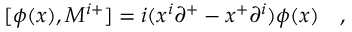
[ \phi ( x ) , M ^ { i + } ] = i ( x ^ { i } { \partial } ^ { + } - x ^ { + } { \partial } ^ { i } ) \phi ( x ) \quad ,